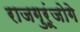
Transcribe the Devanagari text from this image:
राजगुरूंजोगे